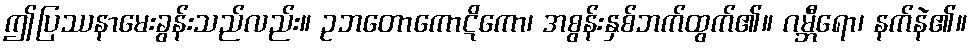
ဤပြဿနာမေးခွန်းသည်လည်း။ ဥဘတောကောဋိကော၊ အစွန်းနှစ်ဘက်ထွက်၏။ ဂမ္ဘီရော၊ နက်နဲ၏။